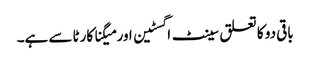
باقی دو کا تعلق سینٹ اگسٹین اور میگنا کارٹا سے ہے۔